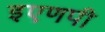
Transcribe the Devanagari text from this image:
इएणपी